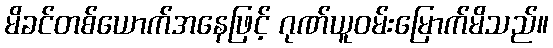
မိခင်တစ်ယောက်အနေဖြင့် ဂုဏ်ယူဝမ်းမြောက်မိသည်။